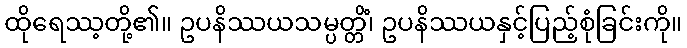
ထိုရေဿ့တို့၏။ ဥပနိဿယသမ္ပတ္တိံ၊ ဥပနိဿယနှင့်ပြည့်စုံခြင်းကို။